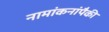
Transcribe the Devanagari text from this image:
नामांकनांपैकी